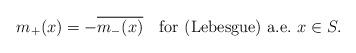
LaTeX: \begin{align*}m_+(x) = -\overline{m_-(x)} \quad\textrm{for (Lebesgue) a.e.\ } x\in S .\end{align*}